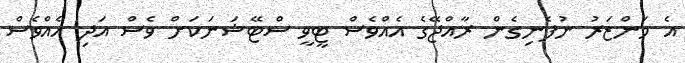
އެ މަންޒަރު ނުފެނިގެން ރާއްޖޭގެ އެއްވެސް ޓީވީ ސްޓޭޝަނަކަށް ވެސް އަދި އެއްވެސް